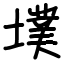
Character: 墣